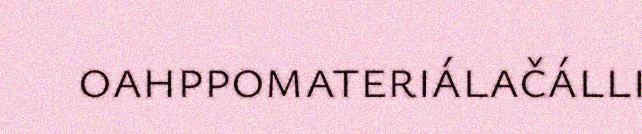
oahppomateriálačálli